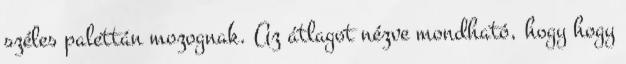
széles palettán mozognak. Az átlagot nézve mondható, hogy hogy